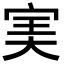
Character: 𡨒